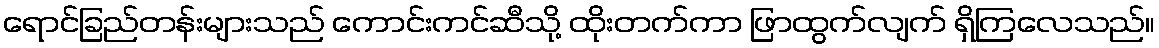
ရောင်ခြည်တန်းများသည် ကောင်းကင်ဆီသို့ ထိုးတက်ကာ ဖြာထွက်လျက် ရှိကြလေသည်။